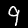
Digit: 9